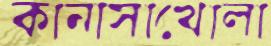
কানাসাখোলা